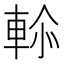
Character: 𮝑